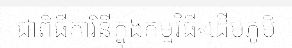
ជាពិធីការិនីក្នុងកម្មវិធី«ដើមភូមិ